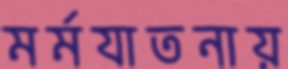
মর্মযাতনায়